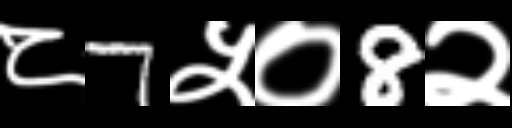
Text: ८7५०8२